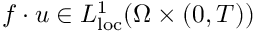
f \cdot u \in L _ { \mathrm { l o c } } ^ { 1 } ( \Omega \times ( 0 , T ) )